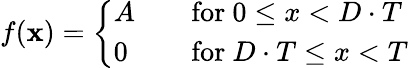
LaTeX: f(\mathbf{x})={\left\{ \begin{array}{ll}{A}&{\quad{\mathrm{for~}}0\leq x<D\cdot T}\\ {0}&{\quad{\mathrm{for~}}D\cdot T\leq x<T}\end{array}\right.}